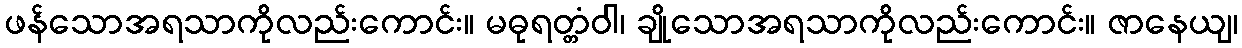
ဖန်သောအရသာကိုလည်းကောင်း။ မဓုရတ္တံဝါ၊ ချိုသောအရသာကိုလည်းကောင်း။ ဇာနေယျ၊